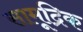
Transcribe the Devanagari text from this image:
सामूद्रिक